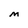
Character: M